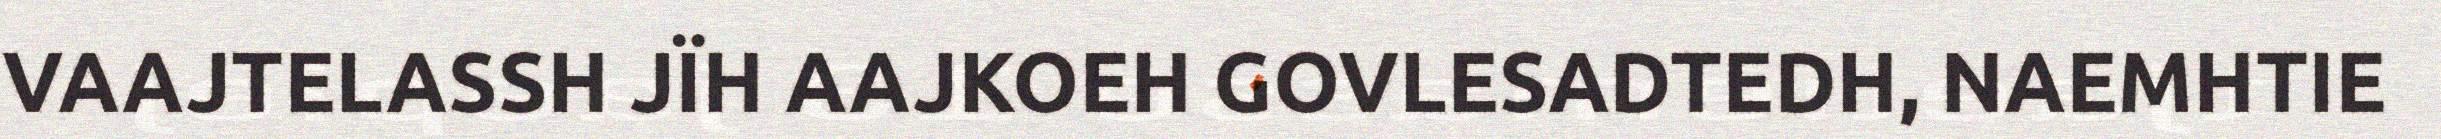
VAAJTELASSH JÏH AAJKOEH GOVLESADTEDH, NAEMHTIE